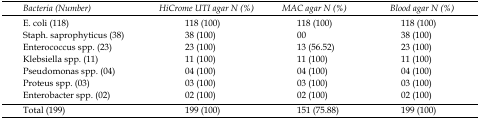
| Bacteria (Number) | HiCrome UTI agar N (%) | MAC agar N (%) | Blood agar N (%) |
 | --- | --- | --- | --- |
 | E. coli (118) | 118 (100) | 118 (100) | 118 (100) |
 | Staph. saprophyticus (38) | 38 (100) | 00 | 38 (100) |
 | Enterococcus spp. (23) | 23 (100) | 13 (56.52) | 23 (100) |
 | Klebsiella spp. (11) | 11 (100) | 11 (100) | 11 (100) |
 | Pseudomonas spp. (04) | 04 (100) | 04 (100) | 04 (100) |
 | Proteus spp. (03) | 03 (100) | 03 (100) | 03 (100) |
 | Enterobacter spp. (02) | 02 (100) | 02 (100) | 02 (100) |